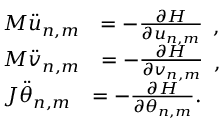
\begin{array} { r l } & { \begin{array} { r l } { M \ddot { u } _ { n , m } } & { = - \frac { \partial H } { \partial u _ { n , m } } } \end{array} , } \\ & { \begin{array} { r l } { M \ddot { v } _ { n , m } } & { = - \frac { \partial H } { \partial v _ { n , m } } } \end{array} , } \\ & { \begin{array} { r l } { J \ddot { \theta } _ { n , m } } & { = - \frac { \partial H } { \partial \theta _ { n , m } } . } \end{array} } \end{array}